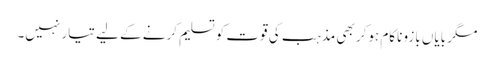
مگر بایاں بازو ناکام ہوکر بھی مذہب کی قوت کو تسلیم کرنے کے لیے تیار نہیں۔